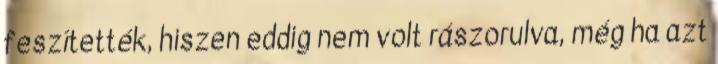
feszítették, hiszen eddig nem volt rászorulva, még ha azt